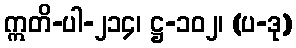
ဣတိ-ပါ-၂၁၄၊ ဋ္ဌ-၁၀၂၊ (ပ-ဒု)